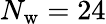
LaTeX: N_{\mathrm{w}}=24